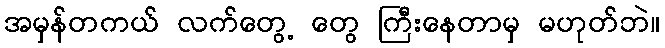
အမှန်တကယ် လက်တွေ့ တွေ ကြီးနေတာမှ မဟုတ်ဘဲ။